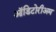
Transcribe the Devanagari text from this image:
ऑडिटोरीअम